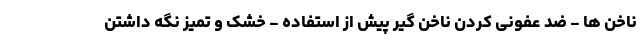
ناخن ها - ضد عفونی کردن ناخن گیر پیش از استفاده - خشک و تمیز نگه داشتن